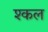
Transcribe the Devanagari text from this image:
श्कल